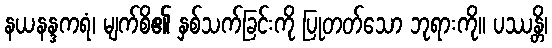
နယနန္ဒကရံ၊ မျက်စိ၏ နှစ်သက်ခြင်းကို ပြုတတ်သော ဘုရားကို။ ပဿန္တိ၊